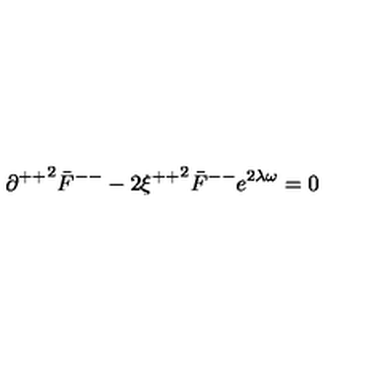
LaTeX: { \partial ^ { + + } } ^ { 2 } { \bar { F } } ^ { -- } - 2 { \xi ^ { + + } } ^ { 2 } { \bar { F } } ^ { -- } e ^ { 2 \lambda \omega } = 0 \,